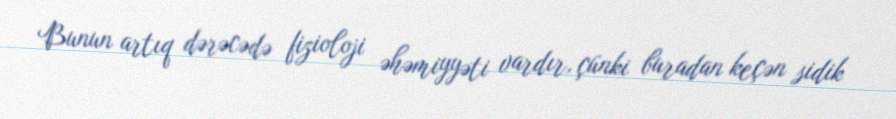
Bunun artıq dərəcədə fizioloji əhəmiyyəti vardır, çünki buradan keçən sidik